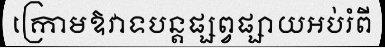
ក្រោមឱវាទបន្តផ្សព្វផ្សាយអប់រំពី